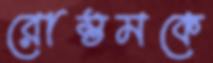
রোস্তমকে